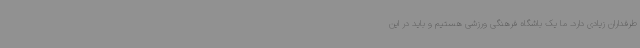
طرفداران زیادی دارد. ما یک باشگاه فرهنگی ورزشی هستیم و باید در این